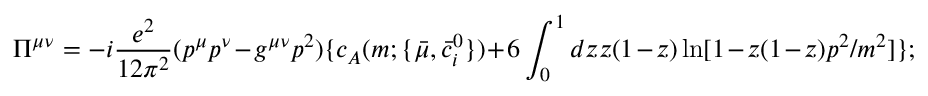
\Pi ^ { \mu \nu } = - i \frac { e ^ { 2 } } { 1 2 \pi ^ { 2 } } ( p ^ { \mu } p ^ { \nu } - g ^ { \mu \nu } p ^ { 2 } ) \{ c _ { A } ( m ; \{ { \bar { \mu } } , { \bar { c } } _ { i } ^ { 0 } \} ) + 6 \int _ { 0 } ^ { 1 } d z z ( 1 - z ) \ln [ 1 - z ( 1 - z ) p ^ { 2 } / m ^ { 2 } ] \} ;